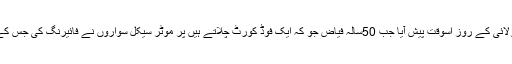
اسی طرح ایک او رحملہ 12جولائی کے روز اسوقت پیش آیا جب 50سالہ فیاض جو کہ ایک فوڈ کورٹ چلاتے ہیں پر موٹر سیکل سواروں نے فائیرنگ کی جس کے نتیجے میں وہ زخمی ہوگئے۔